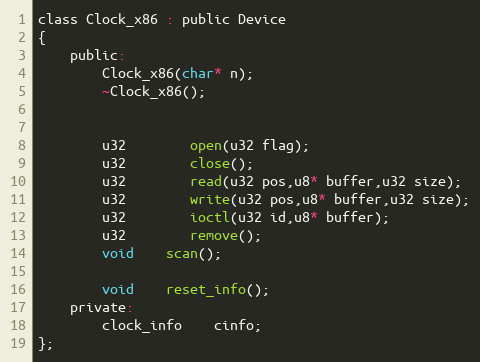
Language: C
class Clock_x86 : public Device
{
	public:
		Clock_x86(char* n);
		~Clock_x86();

		u32		open(u32 flag);
		u32		close();
		u32		read(u32 pos,u8* buffer,u32 size);
		u32		write(u32 pos,u8* buffer,u32 size);
		u32		ioctl(u32 id,u8* buffer);
		u32		remove();
		void	scan();

		void 	reset_info();
	private:
		clock_info	cinfo;
};